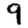
Digit: 9